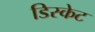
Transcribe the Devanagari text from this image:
डिस्केट